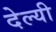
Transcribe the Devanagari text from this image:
देल्यी